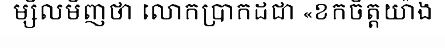
ម្សិលមិញថា លោកប្រាកដជា «ខកចិត្តយ៉ាង